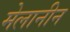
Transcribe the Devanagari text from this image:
मेलानीन